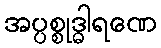
အပ္ပစ္စုဒ္ဓါရဏေ